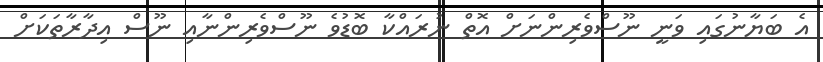
އެ ބަޔާނުގައި ވަނީ ނޫސްވެރިންނަށް އޮތް ނުރައްކާ ބޮޑުވެ ނޫސްވެރިންނާއި ނޫސް އިދާރާތަކަށް